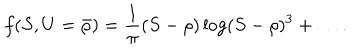
f ( S , U = { \bar { \rho } } ) = { \frac { 1 } { \pi } } ( S - \rho ) \log ( S - \rho ) ^ { 3 } + \dots .